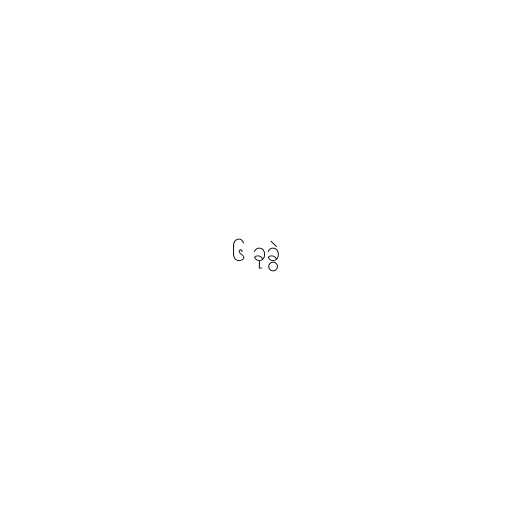
၆ ခုခွဲ